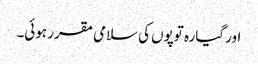
اور گیارہ توپوں کی سلامی مقرر ہوئی۔